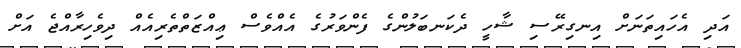
އަދި އެހައިތަނަށް އިނގިރޭސި ޝާހީ ދެކަނބަލުންގެ ފެންވަރުގެ އެއްވެސް ޢިއްޒަތްތެރިއެއް ދިވެހިރާއްޖެ އަށް